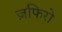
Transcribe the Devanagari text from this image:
ज़फिरो